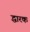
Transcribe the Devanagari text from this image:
द्धारक